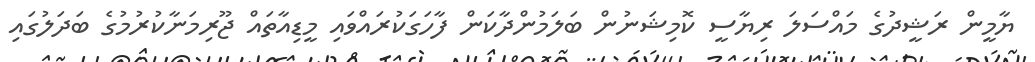
ޔާމީން ރަޝީދުގެ މައްސަލަ ރިޔާސީ ކޮމިޝަނުން ބަލަމުންދާކަން ފާހަގަކުރައްވައި މީޑިއާތައް ޖޫރިމަނާކުރުމުގެ ބަދަލުގައި